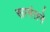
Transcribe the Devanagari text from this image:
सामंतने